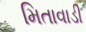
મિતાવાડી